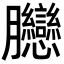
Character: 𦣛